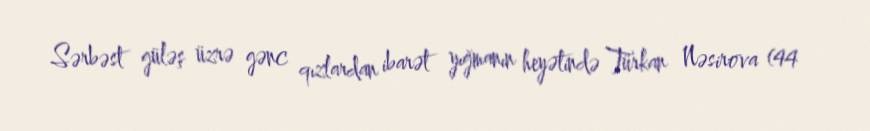
Sərbəst güləş üzrə gənc qızlardan ibarət yığmanın heyətində Türkan Nəsirova (44